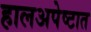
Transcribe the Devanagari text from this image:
हालअपेष्टात